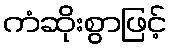
ကံဆိုးစွာဖြင့်